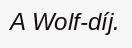
A Wolf-díj.